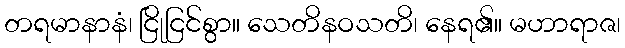
တရမာနာနံ၊ ငြိုငြင်စွာ။ သေတိနဝသတိ၊ နေရ၏။ မဟာရာဇ၊